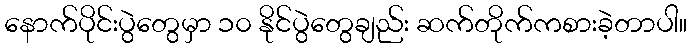
နောက်ပိုင်းပွဲတွေမှာ ၁၀ နိုင်ပွဲတွေချည်း ဆက်တိုက်ကစားခဲ့တာပါ။